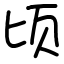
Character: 顷